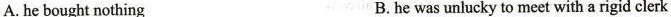
A. he bought nothing B.he was unlucky to meet with a rigidclerk